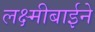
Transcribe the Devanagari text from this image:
लक्ष्मीबाईने